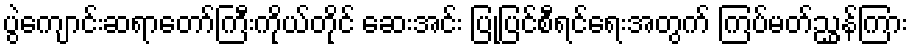
ပွဲကျောင်းဆရာတော်ကြီးကိုယ်တိုင် ဆေးအင်း ပြုပြင်စီရင်ရေးအတွက် ကြပ်မတ်ညွှန်ကြား